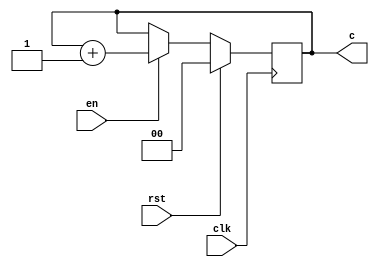
module counter(clk,rst,en,c);
  input clk,rst,en;
  output [1:0] c;
  reg [1:0] c;
  always @(posedge (clk))
  begin
    if(rst==1)
    c = 2'b00;
    else if(en==1)
    c = c+1;
  end
endmodule
module simulate;
  reg clk,rst,en;
  wire [1:0] c;
  integer a;
  counter obj(clk,rst,en,c);
  initial begin
    $dumpfile("counter.vcd");
    $dumpvars(0,simulate);
    $display("CLK RST EN   | count");
    $monitor("%b   %b   %b  |  %b",clk,rst,en,c);
    #2 rst=1; 
    #16 en=1;rst=0; 
    #2 en=0;rst=0; 
    #10 en=1;rst=0; 
    #2 en=1;rst=1; 
    $finish;
  end
  initial begin
    clk=0;
    for(a=0;a<32;a++)
    #1 clk = ~clk;
  	  end
  endmodule